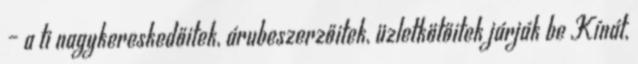
– a ti nagykereskedőitek, árubeszerzőitek, üzletkötőitek járják be Kínát,